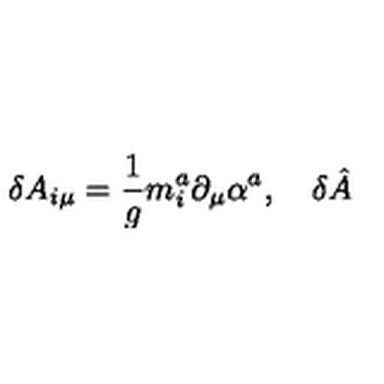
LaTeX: \delta A _ { i \mu } = \frac 1 g m _ { i } ^ { a } \partial _ { \mu } \alpha ^ { a } , \quad \delta \hat { A }